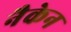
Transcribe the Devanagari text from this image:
नैकेन